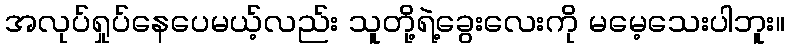
အလုပ်ရှုပ်နေပေမယ့်လည်း သူတို့ရဲ့ခွေးလေးကို မမေ့သေးပါဘူး။